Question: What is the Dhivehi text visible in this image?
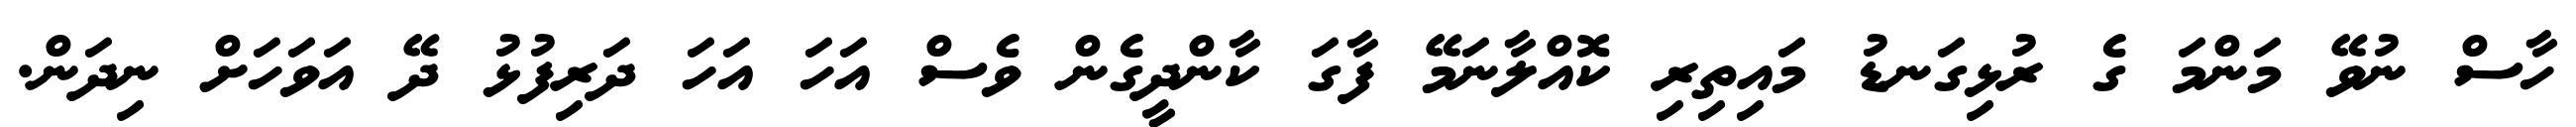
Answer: ހާސް ނުވޭ މަންމަ ގެ ރުޅިގަނޑު މައިތިރި ކޮއްލާނަމޭ ފާގަ ކާންދީގެން ވެސް އަހަ އަހަ ދަރިފުޅު ދޭ އަވަހަށް ނިދަން.